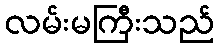
လမ်းမကြီးသည်